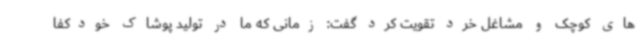
های کوچک و مشاغل خرد تقویت کرد گفت: زمانی که ما در تولید پوشاک خودکفا